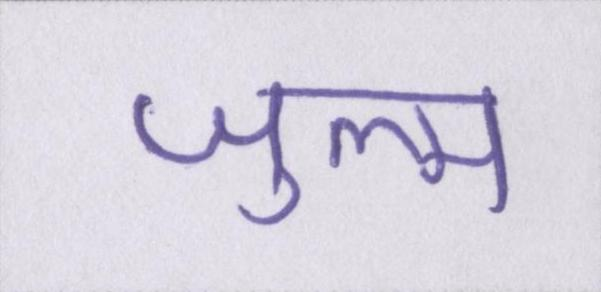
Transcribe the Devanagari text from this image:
ज़ुल्म